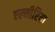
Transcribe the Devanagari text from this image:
एल्मीरिया